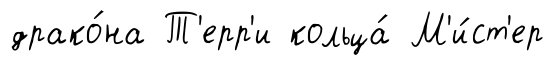
драко́на Т'ерр'и кольца́ М'и́ст'ер